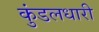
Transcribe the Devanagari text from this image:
कुंडलधारी